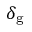
\delta _ { \mathrm { g } }